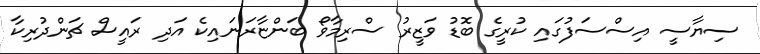
ސިޔާސީ އިސްސަފުގައި ކުރީގެ ބޮޑު ވަޒީރު ސްރިމާވޯ ބަންޏާރަނައިކެ އަދި ރައީސް ޗަންދުރިކާ